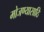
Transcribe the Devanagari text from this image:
मोजण्यासाठि